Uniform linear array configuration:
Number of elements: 16
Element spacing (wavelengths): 0.25
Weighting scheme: hann
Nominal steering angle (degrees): -45
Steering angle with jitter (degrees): -44.425
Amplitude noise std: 0.05
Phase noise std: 0.05

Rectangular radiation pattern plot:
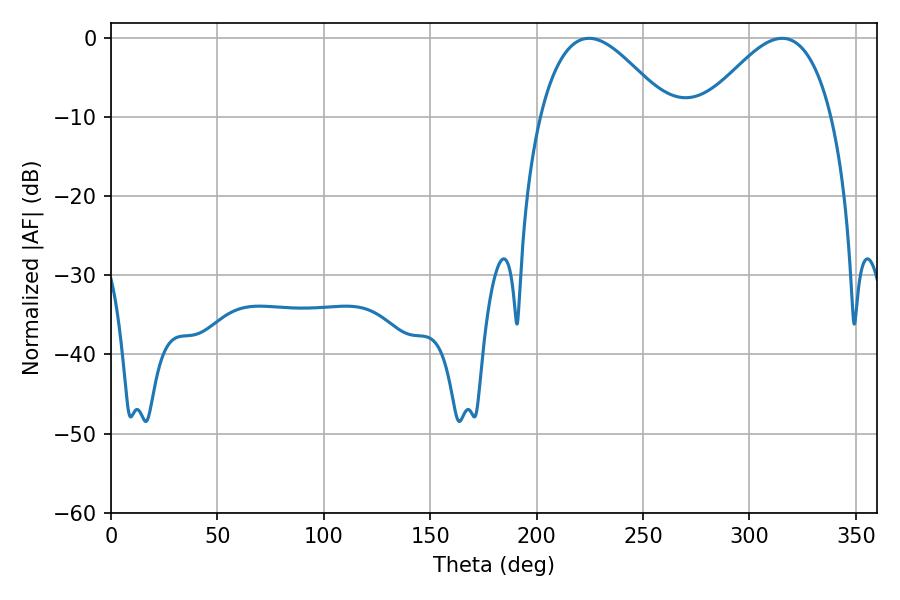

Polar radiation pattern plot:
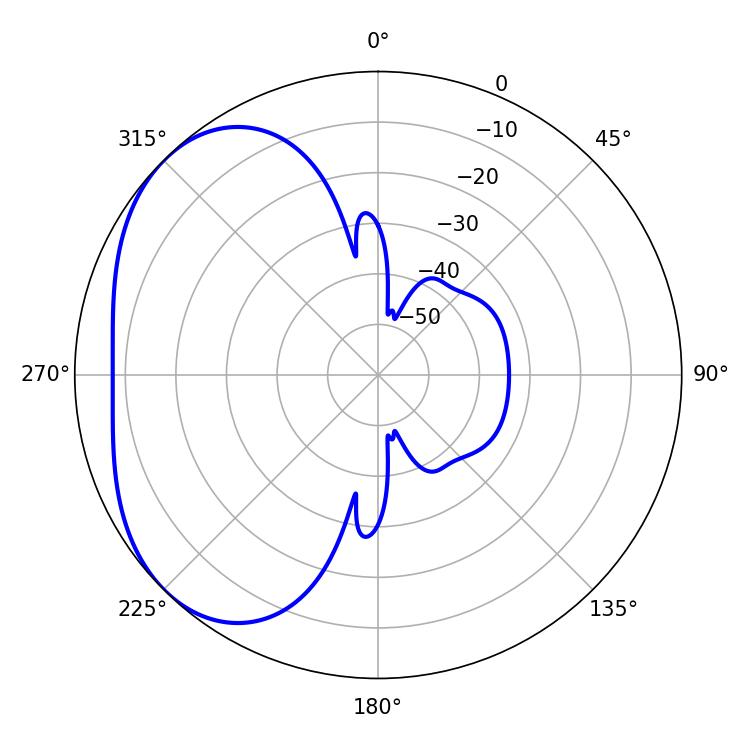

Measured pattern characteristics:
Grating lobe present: FALSE
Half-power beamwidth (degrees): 32.76
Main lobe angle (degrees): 224.64